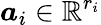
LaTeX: \boldsymbol{a}_{i}\in\mathbb{R}^{r_{i}}